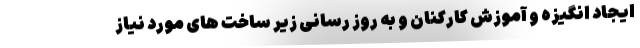
ایجاد انگیزه و آموزش کارکنان و به روز رسانی زیر ساخت های مورد نیاز